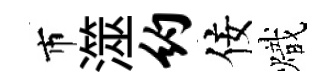
市澨约佞熾